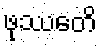
ဖုဿေတိ